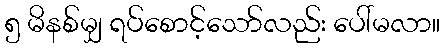
၅ မိနစ်မျှ ရပ်စောင့်သော်လည်း ပေါ်မလာ။